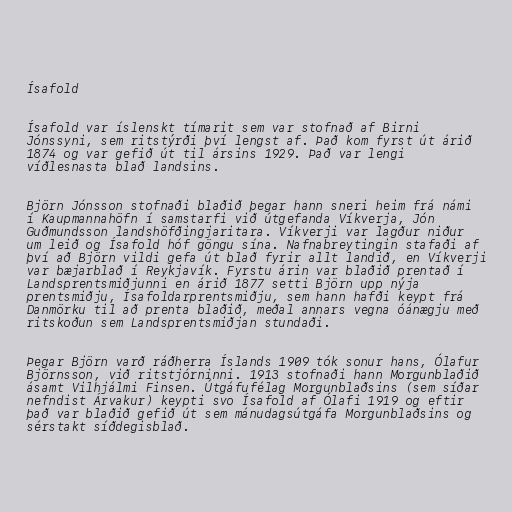
Ísafold

Ísafold var íslenskt tímarit sem var stofnað af Birni
Jónssyni, sem ritstýrði því lengst af. Það kom fyrst út árið
1874 og var gefið út til ársins 1929. Það var lengi
víðlesnasta blað landsins.

Björn Jónsson stofnaði blaðið þegar hann sneri heim frá námi
í Kaupmannahöfn í samstarfi við útgefanda Víkverja, Jón
Guðmundsson landshöfðingjaritara. Víkverji var lagður niður
um leið og Ísafold hóf göngu sína. Nafnabreytingin stafaði af
því að Björn vildi gefa út blað fyrir allt landið, en Víkverji
var bæjarblað í Reykjavík. Fyrstu árin var blaðið prentað í
Landsprentsmiðjunni en árið 1877 setti Björn upp nýja
prentsmiðju, Ísafoldarprentsmiðju, sem hann hafði keypt frá
Danmörku til að prenta blaðið, meðal annars vegna óánægju með
ritskoðun sem Landsprentsmiðjan stundaði.

Þegar Björn varð ráðherra Íslands 1909 tók sonur hans, Ólafur
Björnsson, við ritstjórninni. 1913 stofnaði hann Morgunblaðið
ásamt Vilhjálmi Finsen. Útgáfufélag Morgunblaðsins (sem síðar
nefndist Árvakur) keypti svo Ísafold af Ólafi 1919 og eftir
það var blaðið gefið út sem mánudagsútgáfa Morgunblaðsins og
sérstakt síðdegisblað.